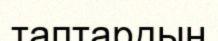
таптардың